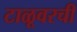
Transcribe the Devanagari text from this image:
टाळूवरची